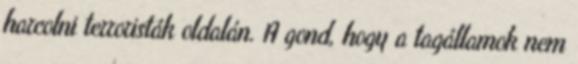
harcolni terroristák oldalán. A gond, hogy a tagállamok nem